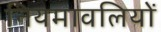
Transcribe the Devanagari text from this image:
नियमावलियों